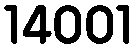
14001